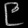
Digit: ၉